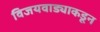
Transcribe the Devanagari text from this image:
विजयवाड्याकडून